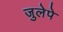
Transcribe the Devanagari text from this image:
जुलेपे